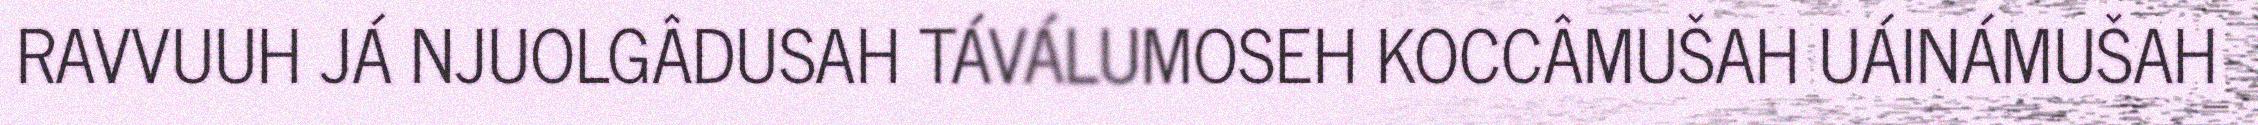
RAVVUUH JÁ NJUOLGÂDUSAH TÁVÁLUMOSEH KOCCÂMUŠAH UÁINÁMUŠAH